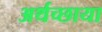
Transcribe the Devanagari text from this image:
अर्थच्छाया